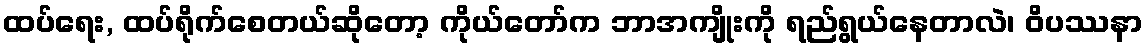
ထပ်ရေး, ထပ်ရိုက်စေတယ်ဆိုတော့ ကိုယ်တော်က ဘာအကျိုးကို ရည်ရွယ်နေတာလဲ၊ ဝိပဿနာ